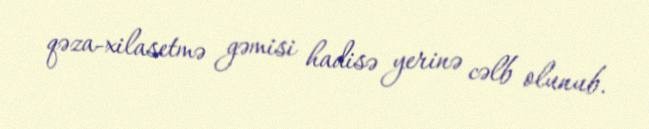
qəza-xilasetmə gəmisi hadisə yerinə cəlb olunub.